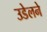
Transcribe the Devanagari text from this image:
उडेलने